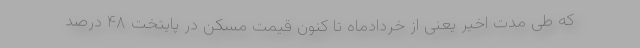
که طی مدت اخیر یعنی از خردادماه تا کنون قیمت مسکن در پایتخت ۴۸ درصد